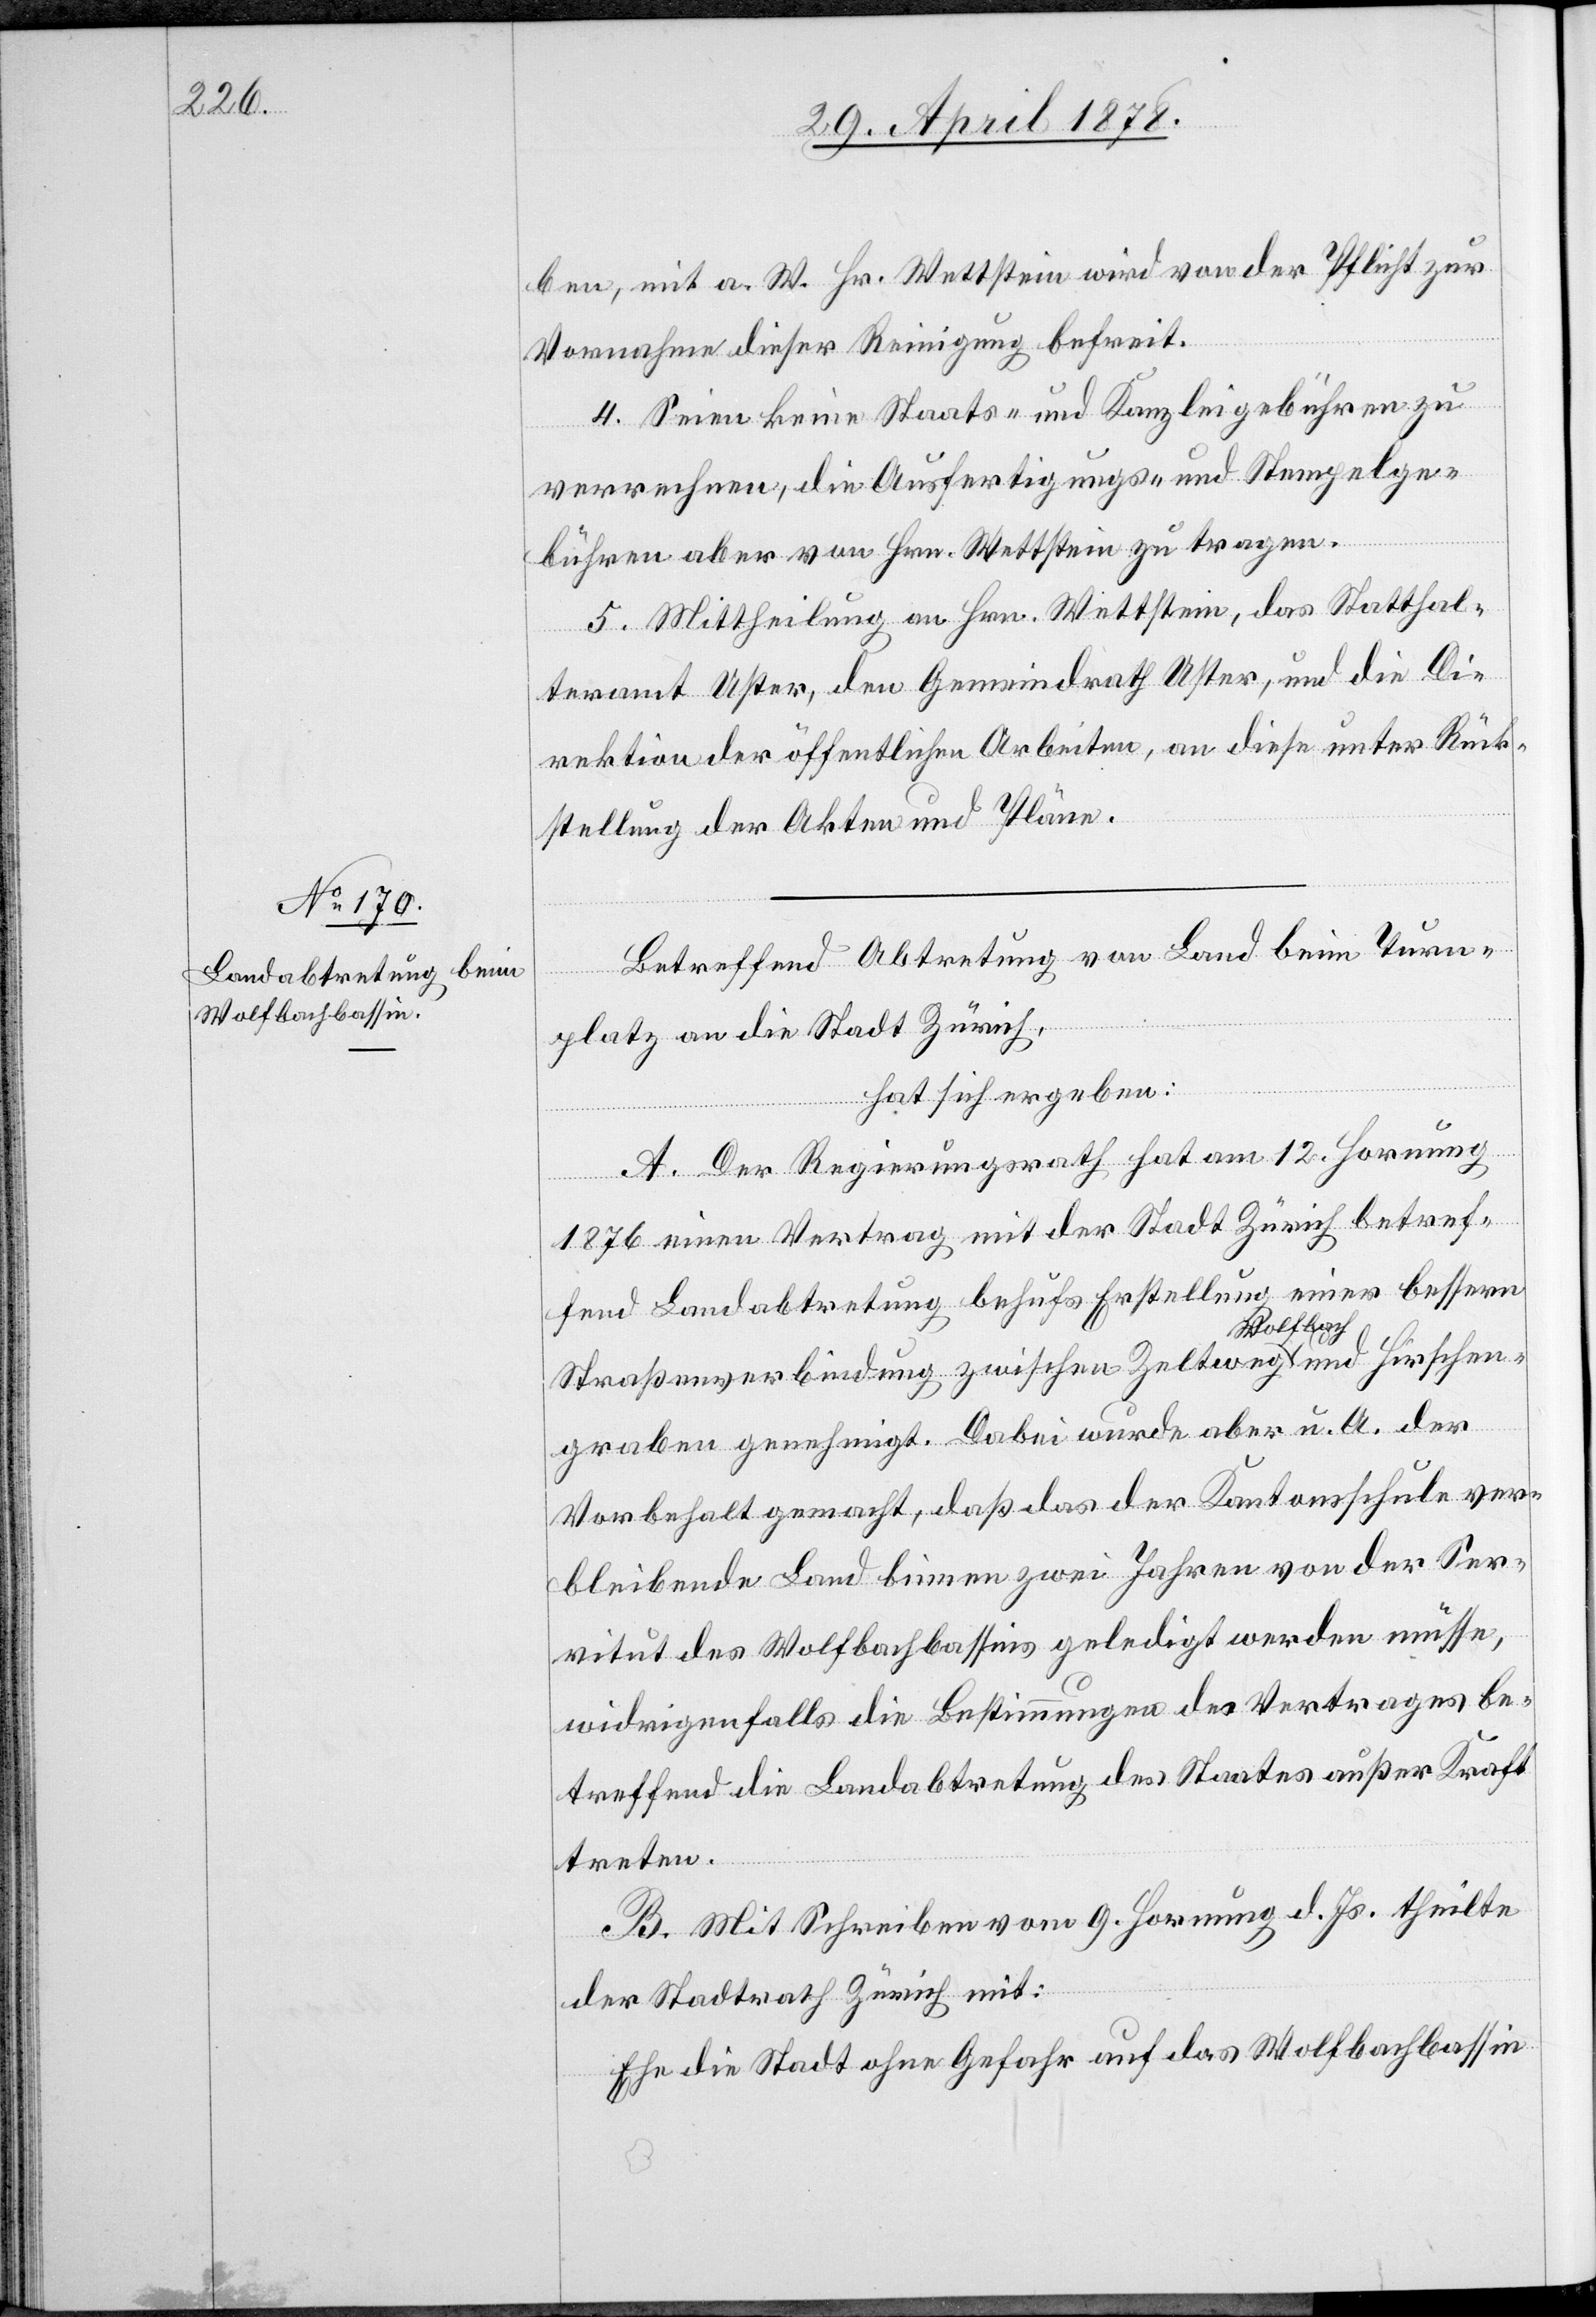
ben, mit a. W. Hr. Wettstein wird von der Pflicht zur
Vornahme dieser Reinigung befreit.
4. Seien keine Staats- und Kanzleigebühren zu
verrechnen, die Ausfertigungs- und Stempelge¬
bühren aber von Hrn. Wettstein zu tragen.
5. Mittheilung an Hrn. Wettstein, das Statthal¬
teramt Uster, den Gemeindrath Uster, und die Di¬
rektion der öffentlichen Arbeiten, an diese unter Rück¬
stellung der Akten und Pläne.
Betreffend Abtretung von Land beim Turn¬
platz an die Stadt Zürich,
hat sich ergeben:
A. Der Regierungsrath hat am 12. Hornung
1876 einen Vertrag mit der Stadt Zürich betref¬
fend Landabtretung behufs Erstellung einer bessern
Straßenverbindung zwischen Zeltweg Wolfbach und Hirschen¬
graben genehmigt. Dabei wurde aber u. A. der
Vorbehalt gemacht, daß das der Kantonsschule ver¬
bleibende Land binnen zwei Jahren von der Ser¬
vitut des Wolfbachbassins geledigt werden müsse,
widrigenfalls die Bestimmungen des Vertrages be¬
treffend die Landabtretung des Staates außer Kraft
treten.
B. Mit Schreiben vom 9. Hornung d. Js. theilte
der Stadtrath Zürich mit:
Ehe die Stadt ohne Gefahr auf das Wolfbachbassin